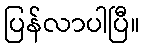
ပြန်လာပါပြီ။